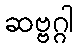
ဆဗ္ဗဂ္ဂါ